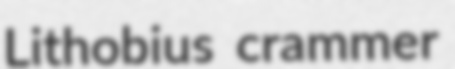
Lithobius crammer